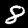
Label: 8